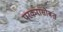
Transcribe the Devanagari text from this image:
परकरासोबत